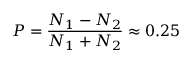
P = \frac { N _ { 1 } - N _ { 2 } } { N _ { 1 } + N _ { 2 } } \approx 0 . 2 5